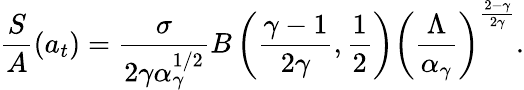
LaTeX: \frac{S}{A}(a_{t})=\frac{\sigma}{2\gamma\alpha_{\gamma}^{1/2}}B\left(\frac{\gamma-1}{2\gamma},\frac{1}{2}\right)\left(\frac{\Lambda}{\alpha_{\gamma}}\right)^{\frac{2-\gamma}{2\gamma}}.